Report on vaccination in the Province of Bengal - 1874-1889
Year: 1874
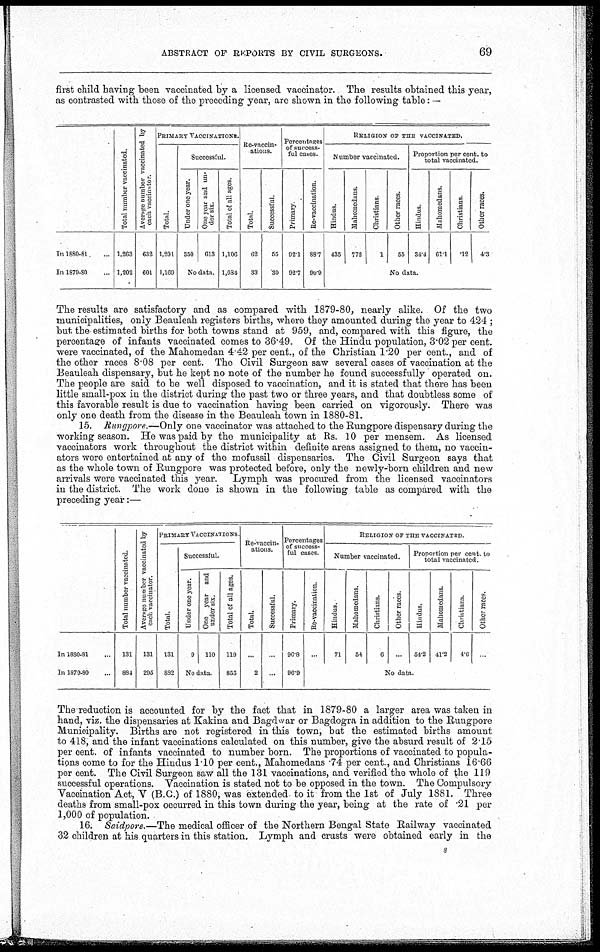
ABSTRACT OF REPORTS BY CIVIL SURGEONS.
69
first child having been vaccinated by a licensed vaccinator. The results obtained this year,
as contrasted with those of the preceding year, are shown in the following table: —
In 1880-81. ...
In 1879-80...
Total number vaccinated.
1,263
1,202
Average number vaccinated by
each vaccinator.
632
601
PRIMARY VACCINATIONS.
Total.
1,201
1,169
Successful.
Under one year.
350
One year and un-
der six.
613
No data.
Total of all ages.
1,106
1,034
Re-vaccin-
ations.
Total.
62
33
Successful.
55
30
Percentages
of success-
ful cases.
Primary.
92.1
92.7
Re-vaccination.
88.7
90.9
RELIGION OF THE VACCINATED.
Number vaccinated.
Hindus.
435
Mahomedans.
772
Christians.
1
Other races.
55
Proportion per cent. to
total vaccinated.
Hindus.
34.4
Mahomedans.
61.1
Christians.
.12
Other races.
4.3
No data.
The results are satisfactory and as compared with 1879-80, nearly alike. Of the two
municipalities, only Beauleah registers births, where they amounted during the year to 424 ;
but the estimated births for both towns stand at 959, and, compared with this figure, the
percentage of infants vaccinated comes to 36.49. Of the Hindu population, 3.02 per cent.
were vaccinated, of the Mahomedan 4.42 per cent., of the Christian 1.20 per cent., and of
the other races 8.08 per cent. The Civil Surgeon saw several cases of vaccination at the
Beauleah dispensary, but he kept no note of the number he found successfully operated on.
The people are said to be well disposed to vaccination, and it is stated that there has been
little small-pox in the district during the past two or three years, and that doubtless some of
this favorable result is due to vaccination having been carried on vigorously. There was
only one death from the disease in the Beauleah town in 1880-81.
15. Rungpore.—Only one vaccinator was attached to the Rungpore dispensary during the
working season. He was paid by the municipality at Rs. 10 per mensem. As licensed
vaccinators work throughout the district within definite areas assigned to them, no vaccin-
ators were entertained at any of the mofussil dispensaries. The Civil Surgeon says that
as the whole town of Rungpore was protected before, only the newly-born children and new
arrivals were vaccinated this year. Lymph was procured from the licensed vaccinators
in the district. The work done is shown in the following table as compared with the
preceding year:—
In 1830-81...
In 1879-80...
Total number vaccinated.
131
884
Average number vaccinated by
each vaccinator.
131
295
PRIMARY VACCINATIONS.
Total.
131
882
Successful.
Under one year.
9
One year and
under six.
110
No data.
Total of all ages.
119
855
Re-vaccin-
ations.
Total.
...
2
Successful.
...
...
Percentages
of success-
ful cases.
Primary.
90.8
96.9
Re-vaccination.
...
RELIGION OF THE VACCINATED.
Number vaccinated.
Hindus.
71
Mahomedans.
54
Christians.
6
Other races.
...
Proportion per cent. to
total vaccinated.
Hindus.
54.2
Mahomedans.
41.2
Christians.
4.6
Other races.
...
No data.
The reduction is accounted for by the fact that in 1879-80 a larger area was taken in
hand, viz. the dispensaries at Kakina and Bagdwar or Bagdogra in addition to the Rungpore
Municipality. Births are not registered in this town, but the estimated births amount
to 418, and the infant vaccinations calculated on this number, give the absurd result of 2.15
per cent. of infants vaccinated to number born. The proportions of vaccinated to popula-
tions come to for the Hindus 1.10 per cent., Mahomedans .74 per cent., and Christians 16.66
per cent. The Civil Surgeon saw all the 131 vaccinations, and verified the whole of the 119
successful operations. Vaccination is stated not to be opposed in the town. The Compulsory
Vaccination Act, V (B.C.) of 1880, was extended to it from the 1st of July 1881. Three
deaths from small-pox occurred in this town during the year, being at the rate of .21 per
1,000 of population.
16. Saidpore.—The medical officer of the Northern Bengal State Railway vaccinated
32 children at his quarters in this station. Lymph and crusts were obtained early in the
s